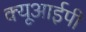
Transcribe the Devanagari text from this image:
क्यूआईपी